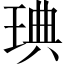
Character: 琠